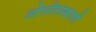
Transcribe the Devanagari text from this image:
ओेलीताखाली